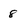
Character: 8